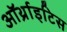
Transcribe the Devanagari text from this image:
ऑर्थ्राइटिस